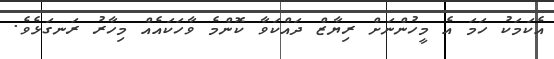
އެކަމަކު ހަމަ އެ މީހުންނަށް ރިޔާޒް ދަައްކަވާ ކޮންމެ ވާހަކައެއް މިހާރު ރަނގަޅެވެ.